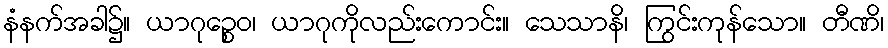
နံနက်အခါ၌။ ယာဂုဉ္စေဝ၊ ယာဂုကိုလည်းကောင်း။ သေသာနိ၊ ကြွင်းကုန်သော။ တီဏိ၊